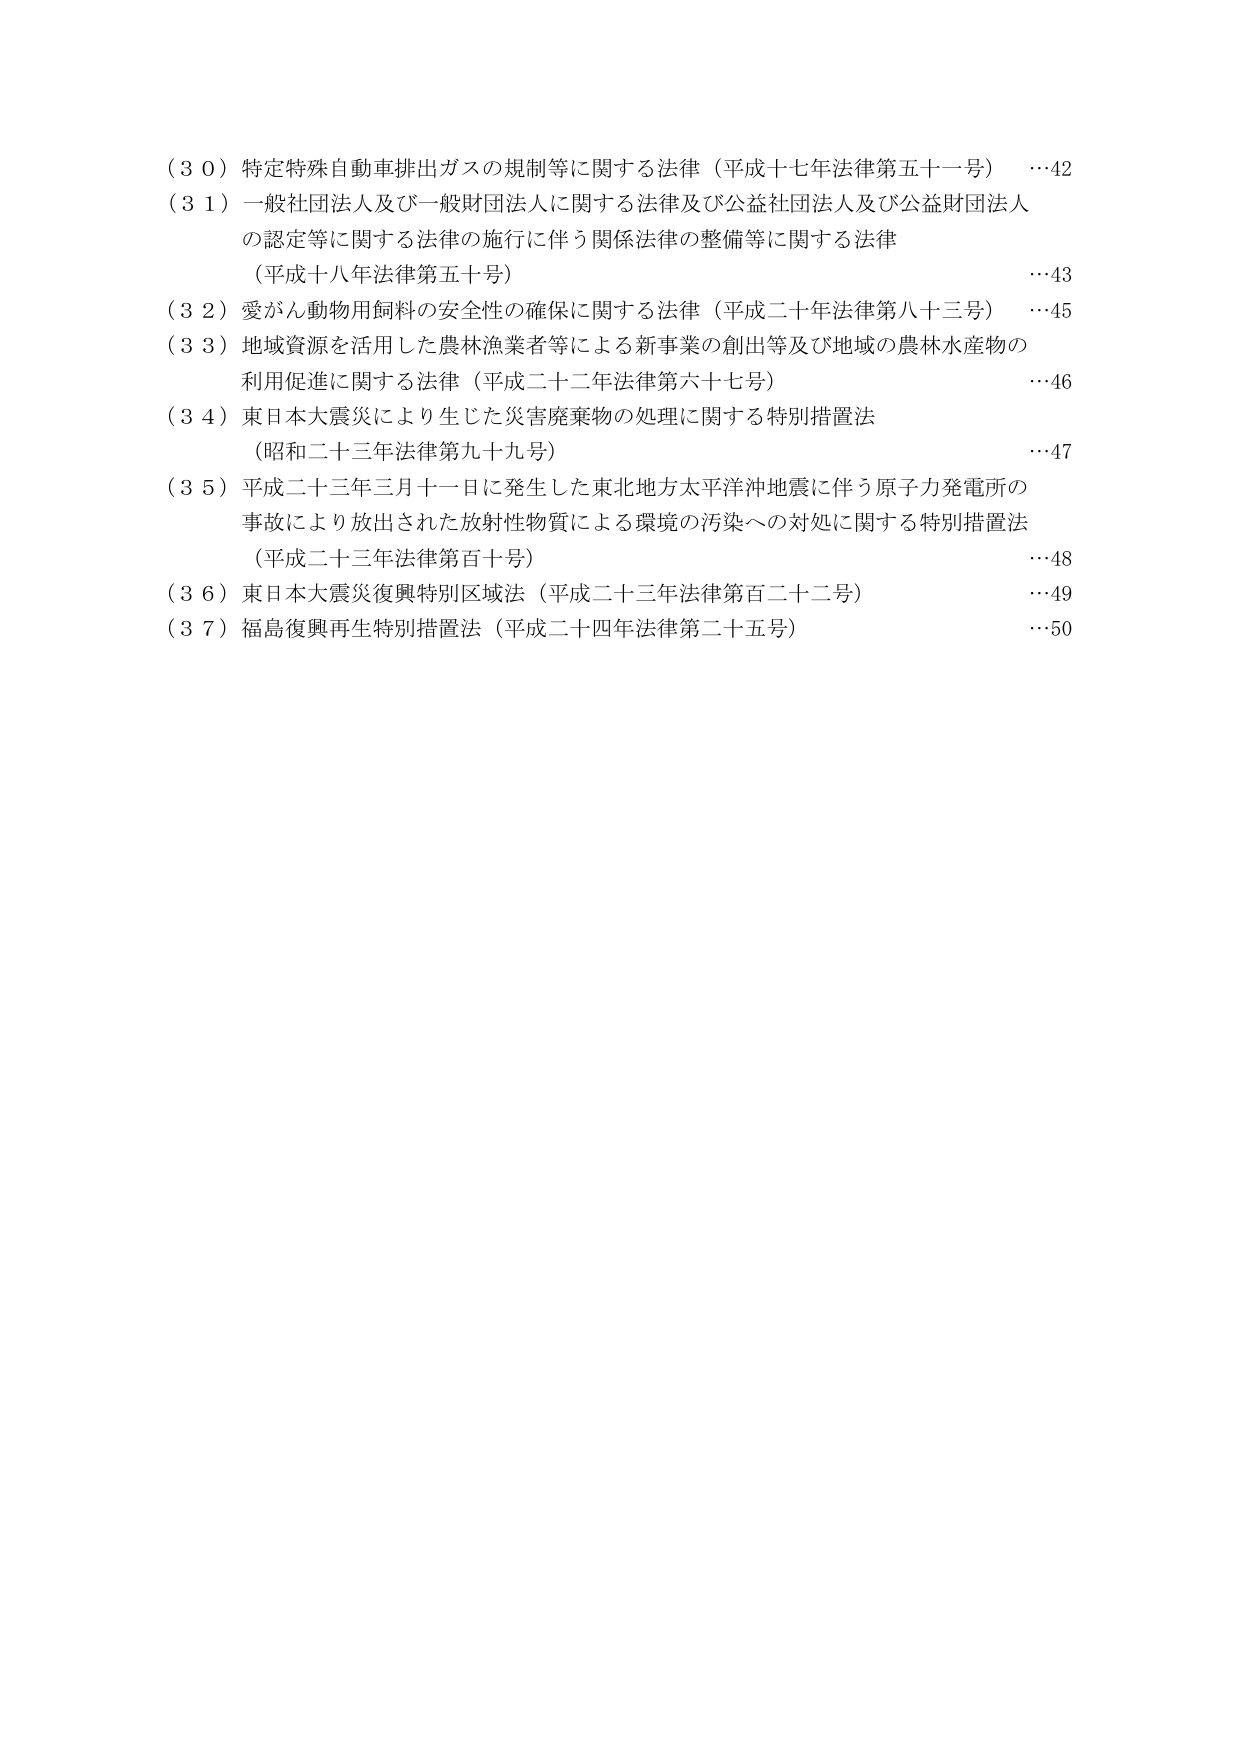
（３０）特定特殊自動車排出ガスの規制等に関する法律（平成十七年法律第五十一号） …42
（３１）一般社団法人及び一般財団法人に関する法律及び公益社団法人及び公益財団法人
　の認定等に関する法律の施行に伴う関係法律の整備等に関する法律
　（平成十八年法律第五十号） …43
（３２）愛がん動物用飼料の安全性の確保に関する法律（平成二十年法律第八十三号） …45
（３３）地域資源を活用した農林漁業者等による新事業の創出等及び地域の農林水産物の
　利用促進に関する法律（平成二十二年法律第六十七号） …46
（３４）東日本大震災により生じた災害廃棄物の処理に関する特別措置法
　（昭和二十三年法律第九十九号） …47
（３５）平成二十三年三月十一日に発生した東北地方太平洋沖地震に伴う原子力発電所の
　事故により放出された放射性物質による環境の汚染への対処に関する特別措置法
　（平成二十三年法律第百十号） …48
（３６）東日本大震災復興特別区域法（平成二十三年法律第百二十二号） …49
（３７）福島復興再生特別措置法（平成二十四年法律第二十五号） …50